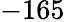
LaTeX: -165